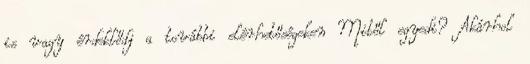
is vagy érdeklődj a további elérhetőségeken Mitől egyedi? Akárhol